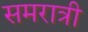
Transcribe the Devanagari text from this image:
समरात्री